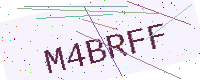
Text: M4BRFF